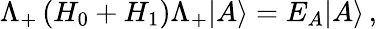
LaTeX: \Lambda_{+}\left(H_{0}+H_{1}\right)\Lambda_{+}|A\rangle=E_{A}|A\rangle\, ,